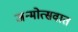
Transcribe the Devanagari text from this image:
जन्मोत्सवात